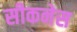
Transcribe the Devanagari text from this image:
सीकनेस